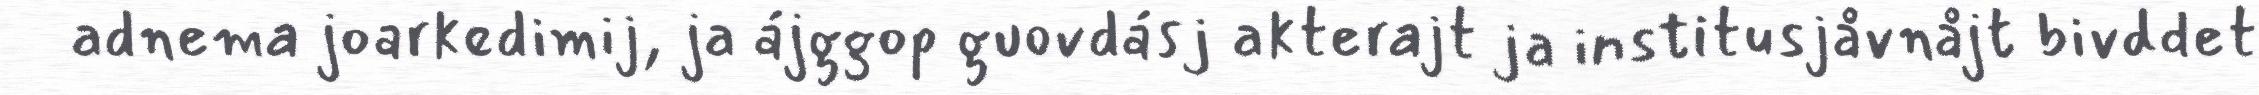
adnema joarkedimij, ja ájggop guovdásj akterajt ja institusjåvnåjt bivddet